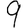
Digit: 9